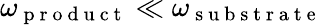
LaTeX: \omega_{\mathrm{~p~r~o~d~u~c~t~}}\ll\omega_{\mathrm{~s~u~b~s~t~r~a~t~e~}}